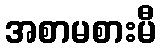
အစာမစားမီ